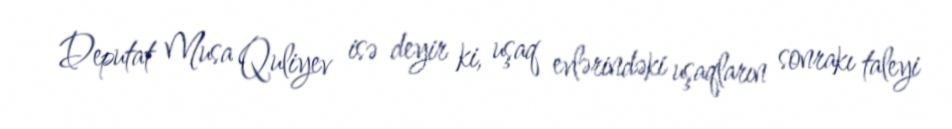
Deputat Musa Quliyev isə deyir ki, uşaq evlərindəki uşaqların sonrakı taleyi